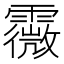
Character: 霺